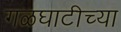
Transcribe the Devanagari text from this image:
गळघाटीच्या